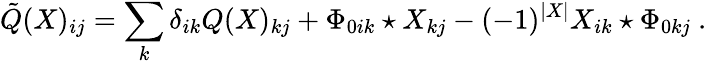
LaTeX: \tilde{Q}(X)_{ij}=\sum_{k}\delta_{ik}Q(X)_{kj}+\Phi_{0ik}\star X_{kj}-(-1)^{|X|}X_{ik}\star\Phi_{0kj}\ .